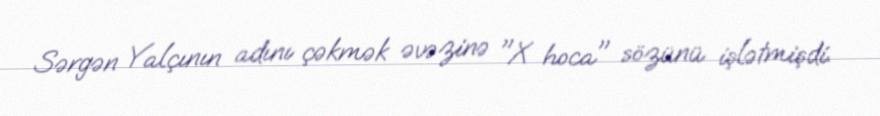
Sərgən Yalçının adını çəkmək əvəzinə "X hoca" sözünü işlətmişdi.